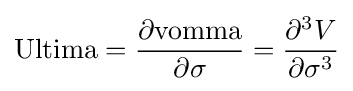
{\text{Ultima}}={\frac {\partial {\text{vomma}}}{\partial \sigma }}={\frac {\partial ^{3}V}{\partial \sigma ^{3}}}